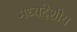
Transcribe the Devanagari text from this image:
मध्‍यदेशीय